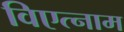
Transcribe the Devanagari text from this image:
विएत्नाम